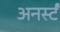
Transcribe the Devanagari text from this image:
अनर्स्टं